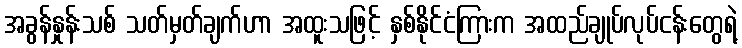
အခွန်နှုန်းသစ် သတ်မှတ်ချက်ဟာ အထူးသဖြင့် နှစ်နိုင်ငံကြားက အထည်ချုပ်လုပ်ငန်းတွေရဲ့